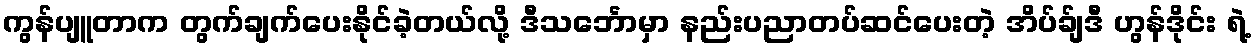
ကွန်ပျူတာက တွက်ချက်ပေးနိုင်ခဲ့တယ်လို့ ဒီသင်္ဘောမှာ နည်းပညာတပ်ဆင်ပေးတဲ့ အိပ်ခ်ျဒီ ဟွန်ဒိုင်း ရဲ့